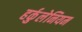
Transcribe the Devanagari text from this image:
हर्कुलेनियम